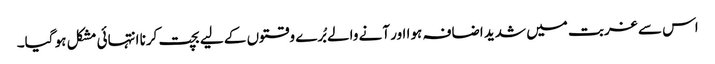
اس سے غربت میں شدید اضافہ ہوا اور آنے والے بُرے وقتوں کے لیے بچت کرنا انتہائی مشکل ہو گیا۔